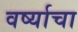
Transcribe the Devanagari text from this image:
वर्ष्याचा